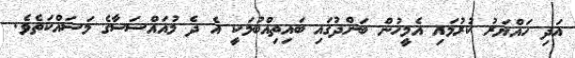
އަދި ހައްޔަރު ކުރުމައި އެމީހުން ބަންދުގައި ބައިތިއްބުމަކީ އެ ދެ މުއައްސަސާގެ މަސައްކަތެވެ.